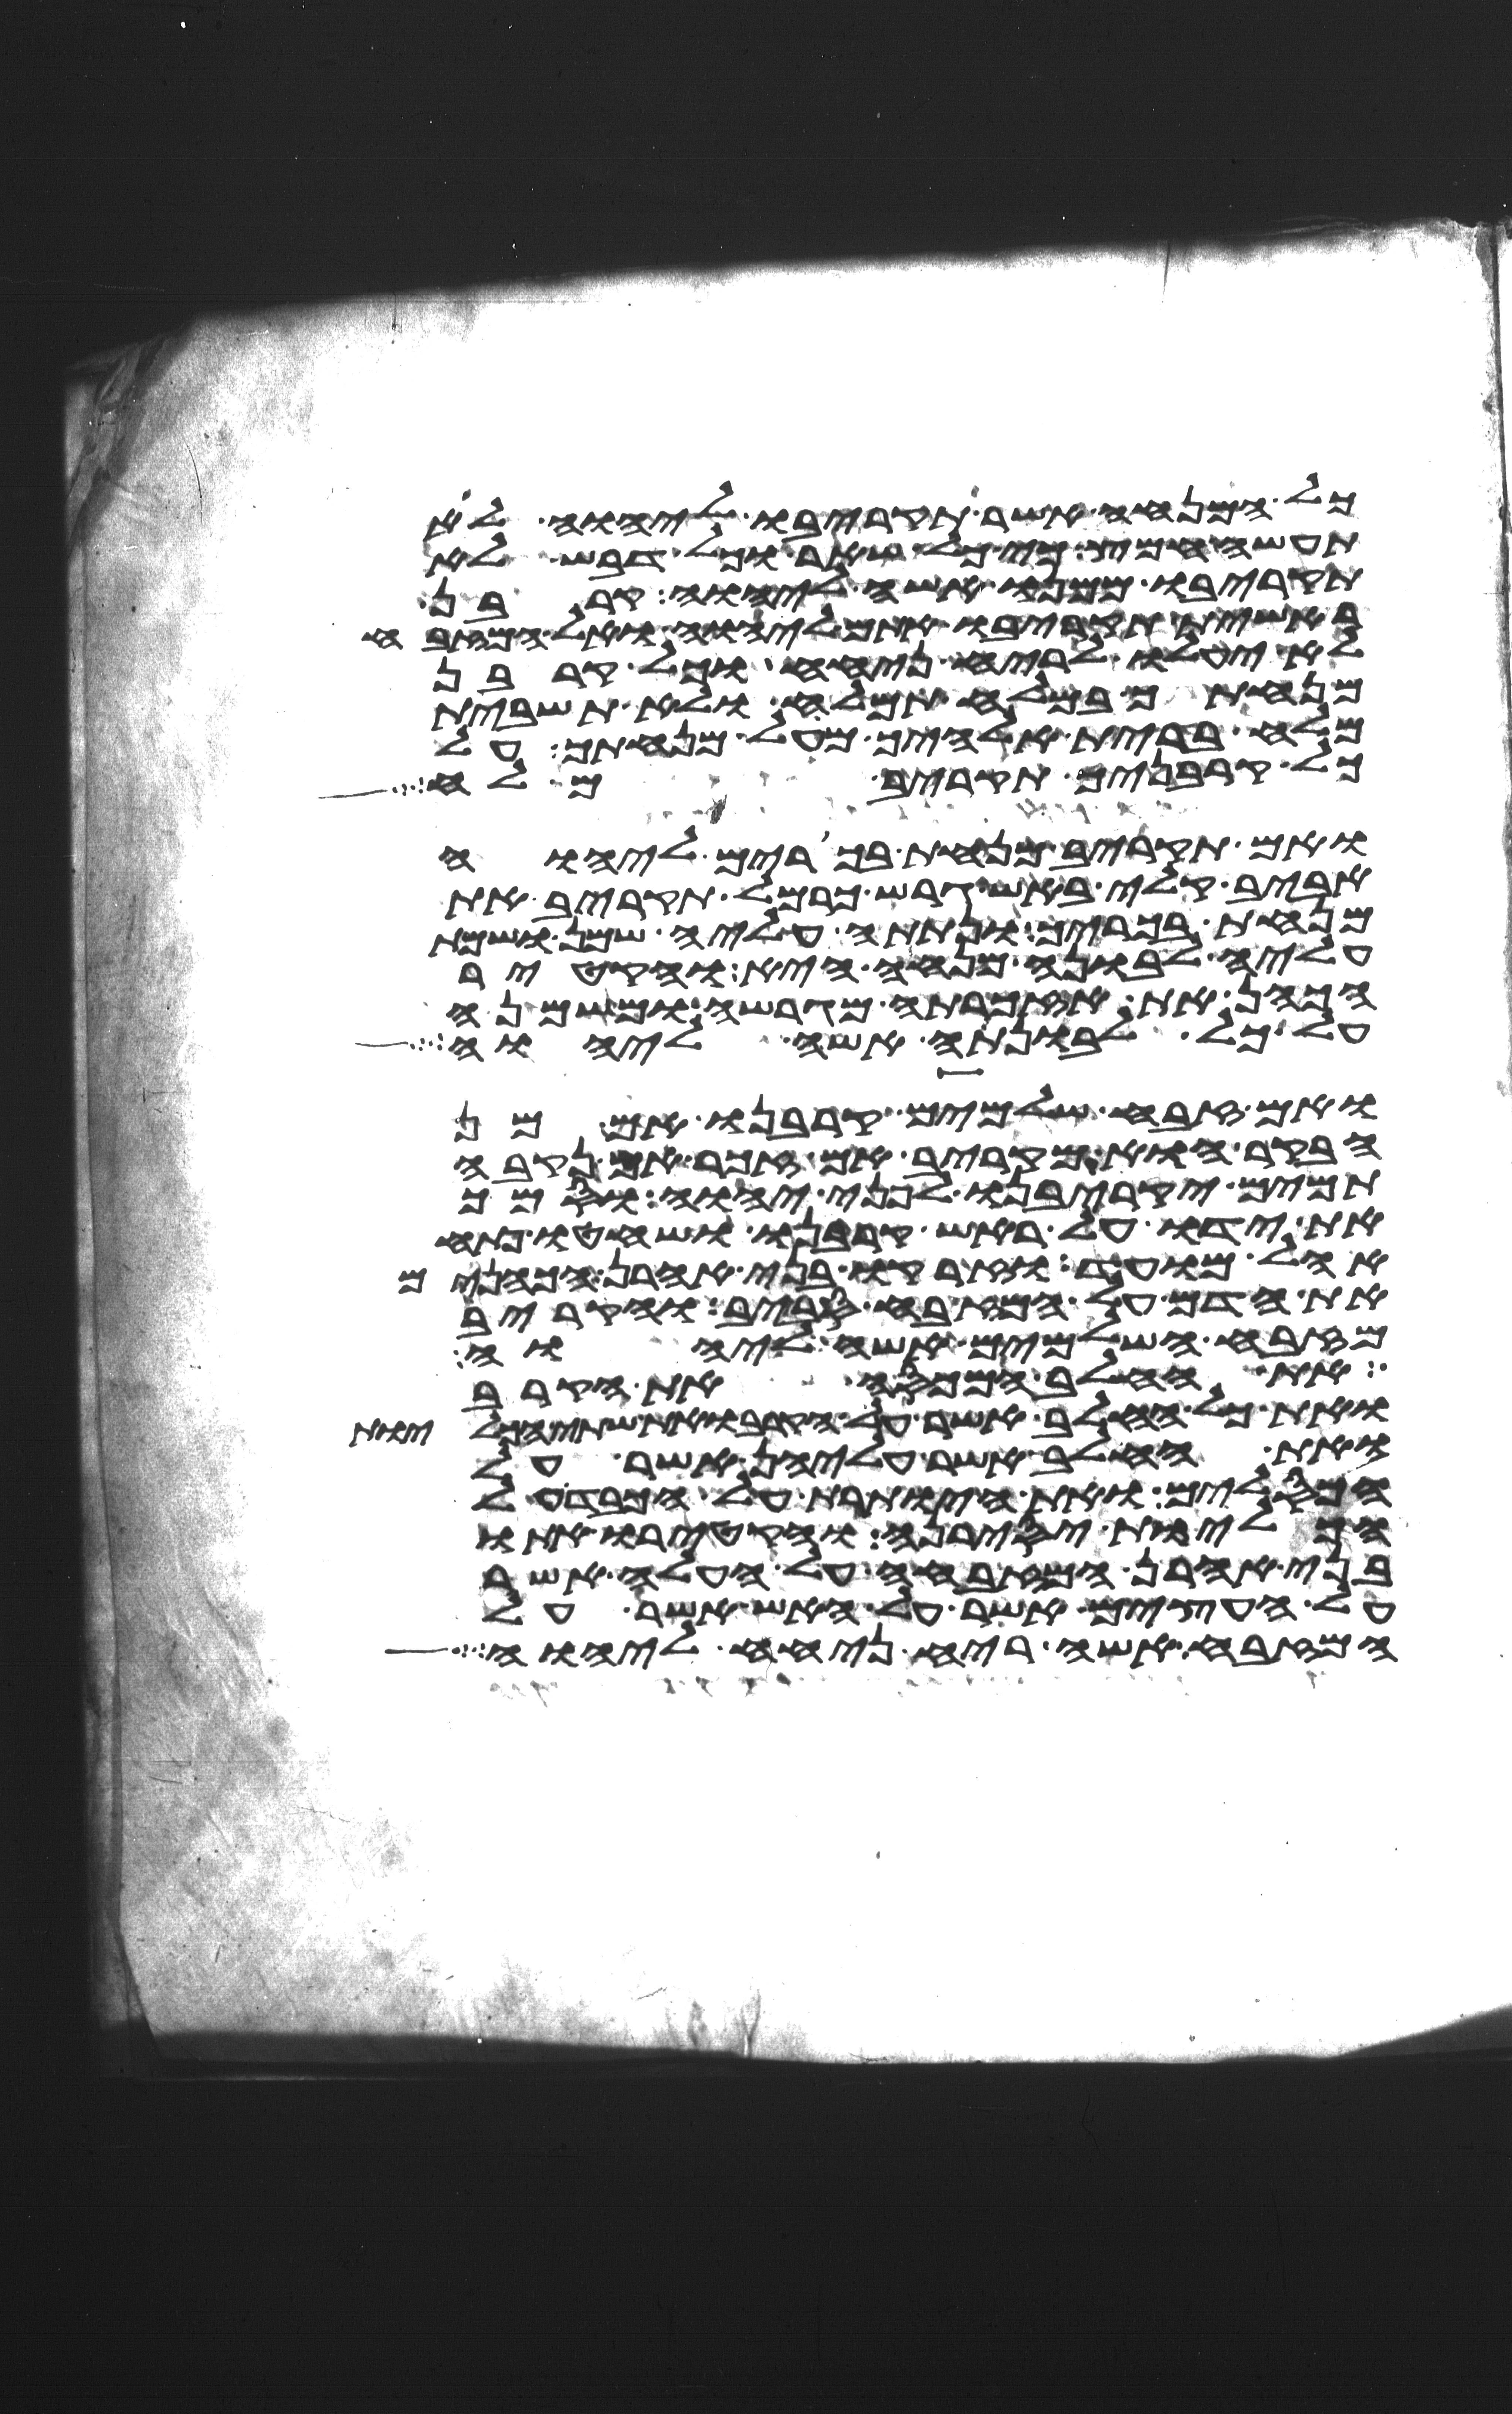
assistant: כל המנחה אשר תקריבו ליהוה לא
תעשה חמץ כי כל שאר וכל דבש לא
תקריבו ממנו אשה ליהוה קרבן
ראשית תקריבו אתם ליהוה ואל המזבח
לא יעלו לריח ניחח וכל קרבן
מנחתך במלח תמלח ולא תשבית
מלח ברית אלהיך מעל מנחתך על
כל קרבניך תקריב מלח
ואם תקריב מנחת בכורים ליהוה
אביב קלי באש גרש כרמל תקריב את
מנחת בכוריך ונתתה עליה שמן ושמת
עליה לבונה מנחה היא והקטיר
הכהן את אזכרתה מגרשה ומשמנה
על כל לבונתה אשה ליהוה
ואם זבח שלמים קרבנו אם מן
הבקר הוא מקריב אם זכר אם נקבה
תמים יקריבנו לפני יהוה וסמך
את ידו על ראש קרבנו ושחטו פתח
אהל מועד וזרקו בני אהרן הכהנים
את הדם על המזבח סביב והקריב
מזבח השלמים אשה ליהוה
את החלב המכסה את הקרב
ואת כל החלב אשר על הקרב ואת שתי הכליות
ואת החלב אשר עליהן אשר על
הכסלים ואת היותרת על הכבד על
הכליות יסירנה והקטירו אתו
בני אהרן המזבחה על העלה אשר
על העצים אשר על האש אשר על
המזבח אשה ריח ניחח ליהוה